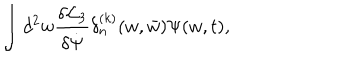
\int d ^ { 2 } w { \frac { \delta { \cal L } _ { 3 } } { \delta { \dot { \Psi } } } } \delta _ { n } ^ { ( k ) } ( w , { \bar { w } } ) \Psi ( w , t ) ,